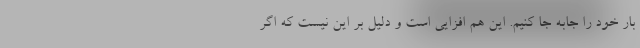
بار خود را جابه جا کنیم. این هم افزایی است و دلیل بر این نیست که اگر